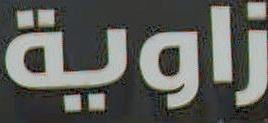
زاوية